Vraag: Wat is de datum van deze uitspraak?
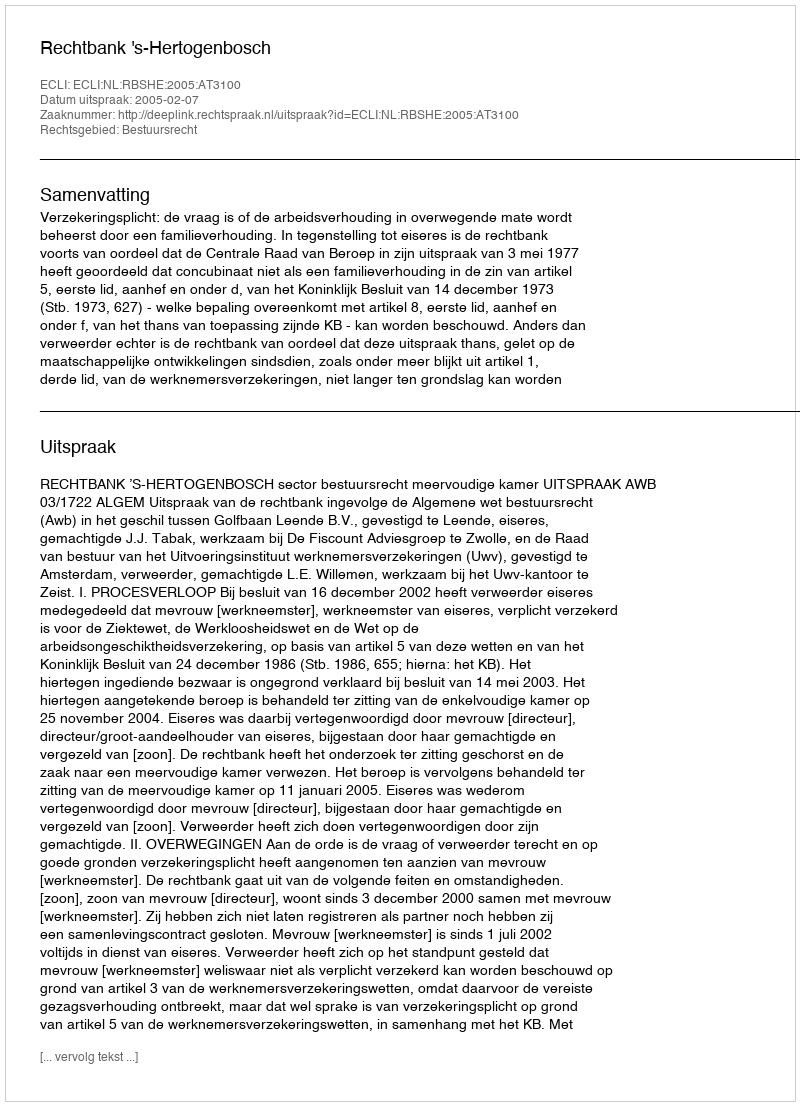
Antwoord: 2005-02-07